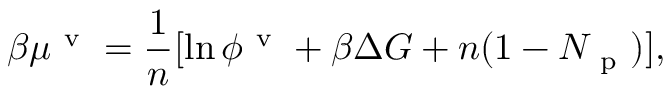
\beta \mu ^ { \mathrm { ~ v ~ } } = \frac { 1 } { n } [ \ln \phi ^ { \mathrm { ~ v ~ } } + \beta \Delta G + n ( 1 - N _ { \mathrm { ~ p ~ } } ) ] ,